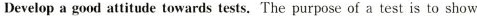
Develop a good attitude towards tests.The purpose of a test is to show